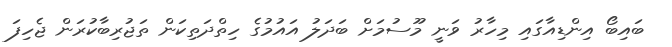
ބައިބޯ އިންޑިއާގައި މިހާރު ވަނީ މޫސުމަށް ބަދަލު އައުމުގެ ހިތްދަތިކަން ތަޖުރިބާކުރަން ޖެހިފަ